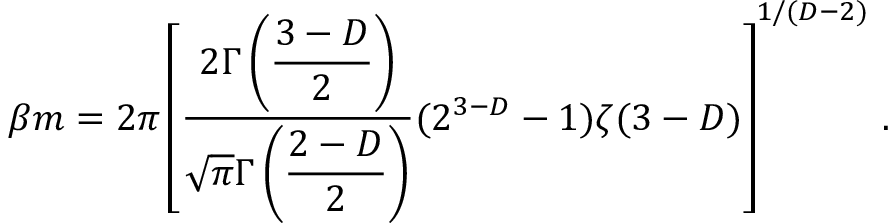
\beta m = 2 \pi \left[ \frac { 2 \Gamma \left( { \displaystyle { \frac { 3 - D } { 2 } } } \right) } { \sqrt { \pi } \Gamma \left( { \displaystyle { \frac { 2 - D } { 2 } } } \right) } ( 2 ^ { 3 - D } - 1 ) \zeta ( 3 - D ) \right] ^ { 1 / ( D - 2 ) } \, .